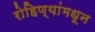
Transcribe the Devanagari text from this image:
रोहिण्यांमधून